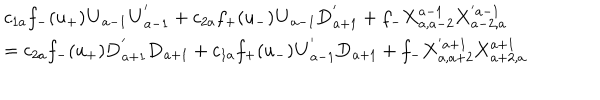
LaTeX: \begin{array} { l } { { c _ { 1 a } f _ { - } ( u _ { + } ) { \bf U } _ { a - 1 } { \bf U } _ { a - 1 } ^ { ' } + c _ { 2 a } f _ { + } ( u _ { - } ) { \bf U } _ { a - 1 } { \bf D } _ { a + 1 } ^ { ' } + f _ { - } { \bf X } _ { a , a - 2 } ^ { a - 1 } { \bf X } _ { a - 2 , a } ^ { ' a - 1 } } } \\ { { \mathrm { } = c _ { 2 a } f _ { - } ( u _ { + } ) { \bf D } _ { a + 1 } ^ { ' } { \bf D } _ { a + 1 } + c _ { 1 a } f _ { + } ( u _ { - } ) { \bf U } _ { a - 1 } ^ { ' } { \bf D } _ { a + 1 } + f _ { - } { \bf X } _ { a , a + 2 } ^ { ' a + 1 } { \bf X } _ { a + 2 , a } ^ { a + 1 } } } \\ \end{array}